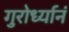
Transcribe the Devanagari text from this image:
गुरोर्ध्यानं